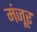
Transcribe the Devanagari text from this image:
मंंजूर